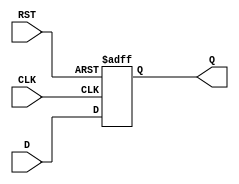
module FlipFlopRegister #(
    parameter N = 8 // Parameter for the width of the register (default is 8 bits)
) (
    input wire [N-1:0] D,      // Data input
    input wire CLK,            // Clock input
    input wire RST,            // Asynchronous reset
    output reg [N-1:0] Q       // Data output
);

// Asynchronous reset and synchronous operation
always @(posedge CLK or posedge RST) begin
    if (RST) begin
        Q <= {N{1'b0}}; // Set all bits to 0 on reset
    end else begin
        Q <= D; // Store the input data on clock edge
    end
end

endmodule